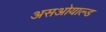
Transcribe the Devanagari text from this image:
असओयाल्ड